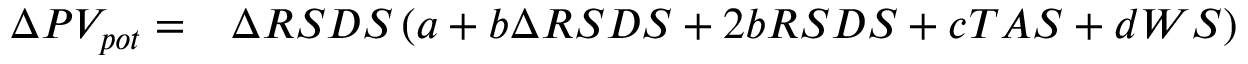
\begin{array} { r l } { \Delta P V _ { p o t } = } & { { } \Delta R S D S \left( a + b \Delta R S D S + 2 b R S D S + c T A S + d W S \right) } \end{array}